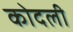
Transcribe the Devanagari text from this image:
कोदली